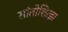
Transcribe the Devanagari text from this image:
सांतोशित्झ